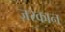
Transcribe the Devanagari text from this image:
ज़रकान